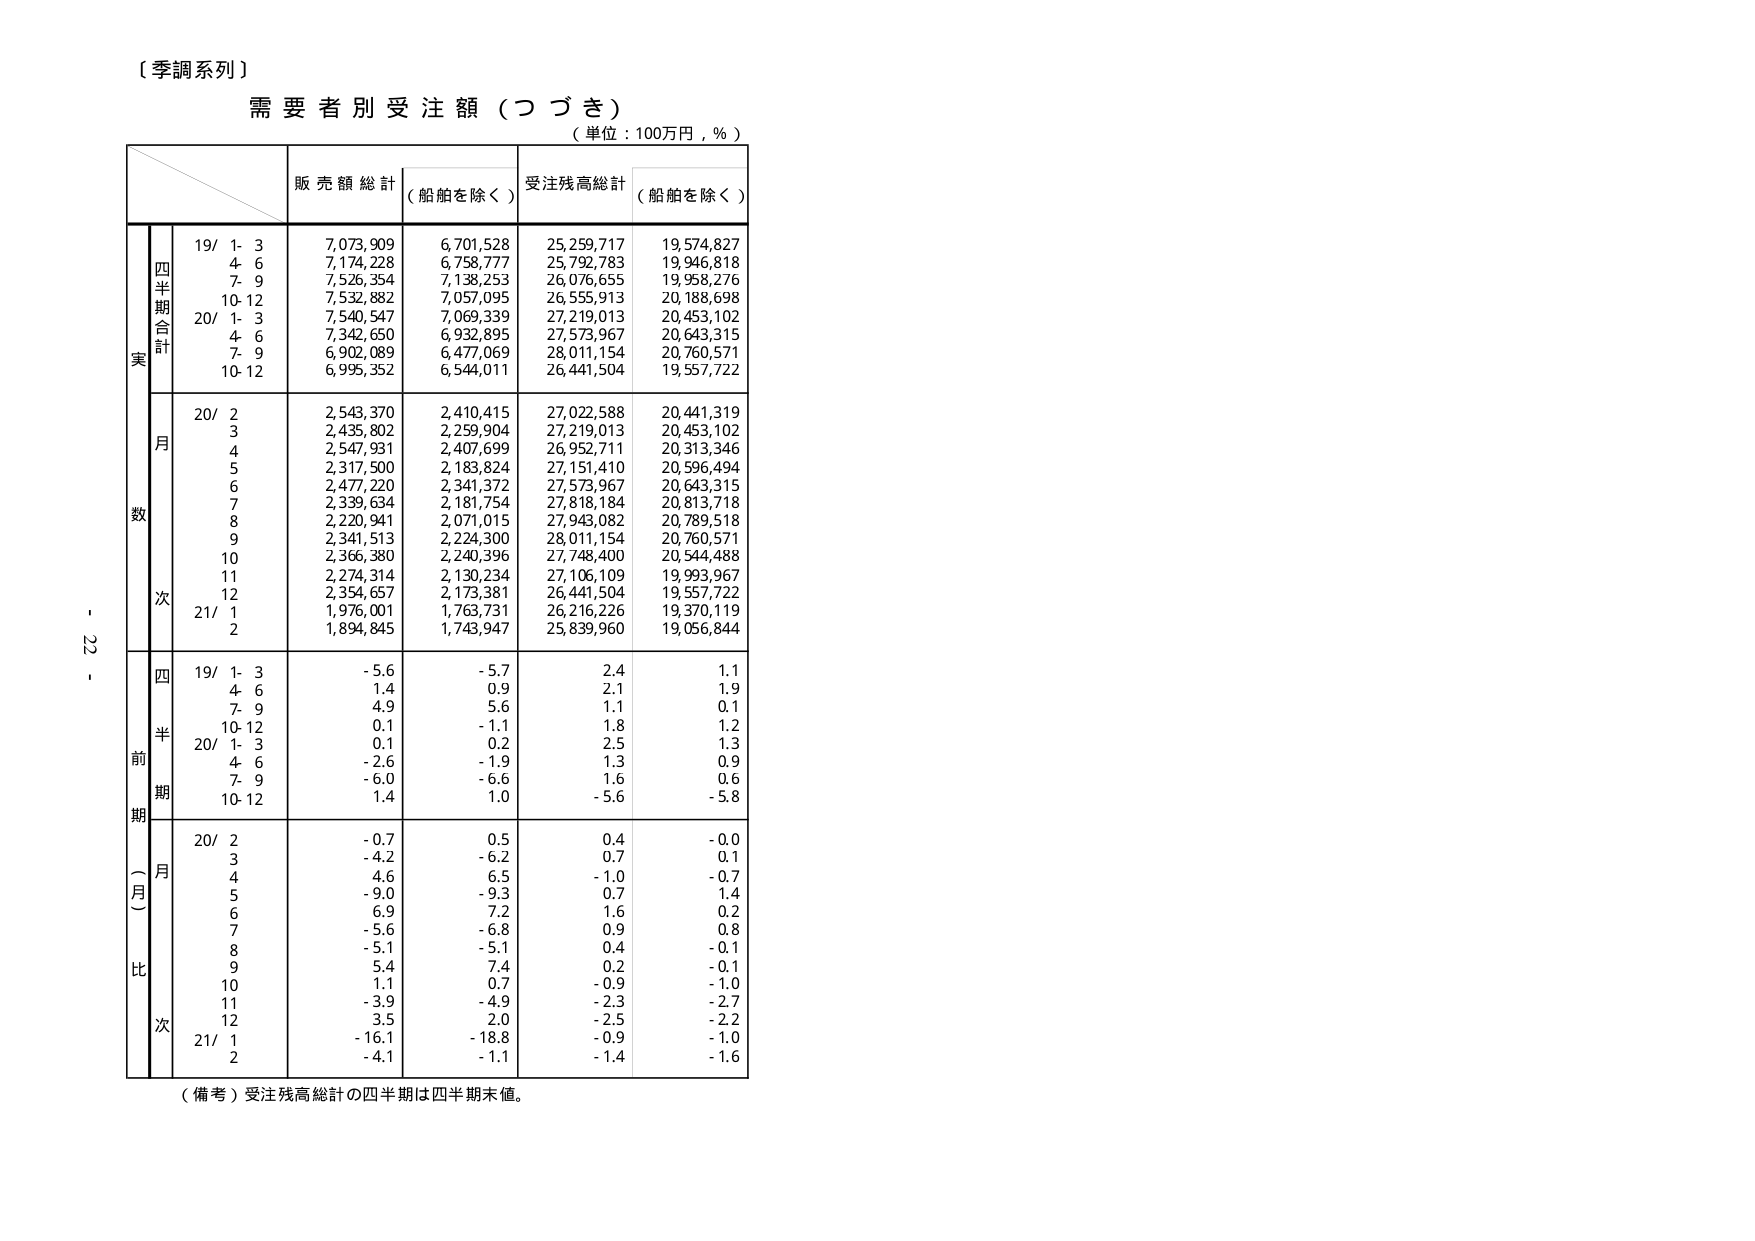
〔季調系列〕
需要者別受注額（つづき）
（単位：100万円，％）

販売額総計 （船舶を除く）
受注残高総計 （船舶を除く）

実数
四半期合計
19/ 1- 3 7,073,909 6,701,528 25,259,717 19,574,827
4- 6 7,174,228 6,758,777 25,792,783 19,946,818
7- 9 7,526,354 7,138,253 26,076,655 19,958,276
10-12 7,532,882 7,057,095 26,555,913 20,188,698
20/ 1- 3 7,540,547 7,069,339 27,219,013 20,453,102
4- 6 7,342,650 6,932,895 27,573,967 20,643,315
7- 9 6,902,089 6,477,069 28,011,154 20,760,571
10-12 6,995,352 6,544,011 26,441,504 19,557,722

月
20/ 2 2,543,370 2,410,415 27,022,588 20,441,319
3 2,435,802 2,259,904 27,219,013 20,453,102
4 2,547,931 2,407,699 26,952,711 20,313,346
5 2,317,500 2,183,824 27,151,410 20,596,494
6 2,477,220 2,341,372 27,573,967 20,643,315
7 2,339,634 2,181,754 27,818,184 20,813,718
8 2,220,941 2,071,015 27,943,082 20,789,518
9 2,341,513 2,224,300 28,011,154 20,760,571
10 2,366,380 2,240,396 27,748,400 20,544,488
11 2,274,314 2,130,234 27,106,109 19,993,967
12 2,354,657 2,173,381 26,441,504 19,557,722
21/ 1 1,976,001 1,763,731 26,216,226 19,370,119
2 1,894,845 1,743,947 25,839,960 19,056,844

前期（月）比
四半期
19/ 1- 3 -5.6 -5.7 2.4 1.1
4- 6 1.4 0.9 2.1 1.9
7- 9 4.9 5.6 1.1 0.1
10-12 0.1 -1.1 1.8 1.2
20/ 1- 3 0.1 0.2 2.5 1.3
4- 6 -2.6 -1.9 1.3 0.9
7- 9 -6.0 -6.6 1.6 0.6
10-12 1.4 1.0 -5.6 -5.8

月
20/ 2 -0.7 0.5 0.4 -0.0
3 -4.2 -6.2 0.7 0.1
4 4.6 6.5 -1.0 -0.7
5 -9.0 -9.3 0.7 1.4
6 6.9 7.2 1.6 0.2
7 -5.6 -6.8 0.9 0.8
8 -5.1 -5.1 0.4 -0.1
9 5.4 7.4 0.2 -0.1
10 1.1 0.7 -0.9 -1.0
11 -3.9 -4.9 -2.3 -2.7
12 3.5 2.0 -2.5 -2.2
21/ 1 -16.1 -18.8 -0.9 -1.0
2 -4.1 -1.1 -1.4 -1.6

（備考）受注残高総計の四半期は四半期末値。

- 22 -